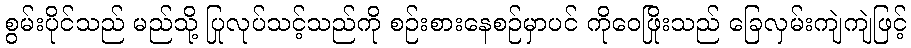
စွမ်းပိုင်သည် မည်သို့ ပြုလုပ်သင့်သည်ကို စဉ်းစားနေစဉ်မှာပင် ကိုဝေဖြိုးသည် ခြေလှမ်းကျဲကျဲဖြင့်